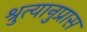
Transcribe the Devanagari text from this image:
श्रुत्यानुप्रास